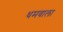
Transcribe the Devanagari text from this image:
धमवाला